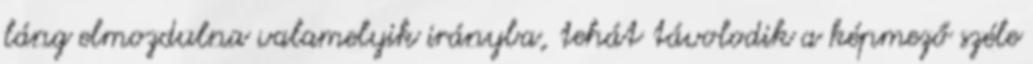
láng elmozdulna valamelyik irányba, tehát távolodik a képmező széle